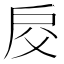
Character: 𢨰